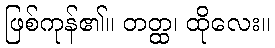
ဖြစ်ကုန်၏။ တတ္ထ၊ ထိုလေး။